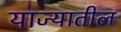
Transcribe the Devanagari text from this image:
याज्यातील